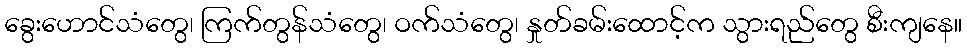
ခွေးဟောင်သံတွေ၊ ကြက်တွန်သံတွေ၊ ဝက်သံတွေ၊ နှုတ်ခမ်းထောင့်က သွားရည်တွေ စီးကျနေ။